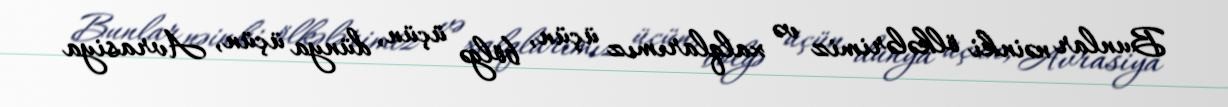
Bunlar nəinki ölkələrimiz və xalqlarımız üçün, bölgə üçün, dünya üçün, Avrasiya